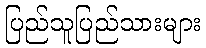
ပြည်သူပြည်သားများ